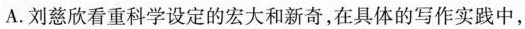
A. 刘慈欣看重科学设定的宏大和新奇,在具体的写作实践中，